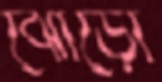
ঝোড়ো